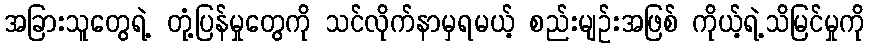
အခြားသူတွေရဲ့ တုံ့ပြန်မှုတွေကို သင်လိုက်နာမှရမယ့် စည်းမျဉ်းအဖြစ် ကိုယ့်ရဲ့သိမြင်မှုကို